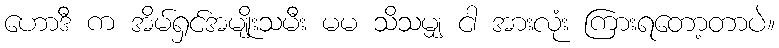
ဟောဒီ က အိမ်ရှင်အမျိုးသမီး မမ သိသမျှ ငါ အားလုံး ကြားရတော့တာပဲ။